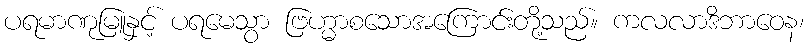
ပရမာဏုမြူနှင့် ပရမေသွာ ဗြဟ္မာစသောအကြောင်းတို့သည်။ ကလလာဒိဘာဝေန၊